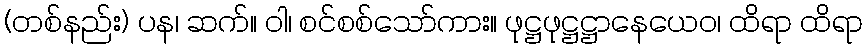
(တစ်နည်း) ပန၊ ဆက်။ ဝါ၊ စင်စစ်သော်ကား။ ဖုဋ္ဌဖုဋ္ဌဋ္ဌာနေယေဝ၊ ထိရာ ထိရာ